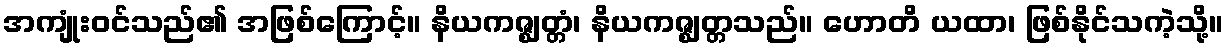
အကျုံးဝင်သည်၏ အဖြစ်ကြောင့်။ နိယကဇ္ဈတ္တံ၊ နိယကဇ္ဈတ္တသည်။ ဟောတိ ယထာ၊ ဖြစ်နိုင်သကဲ့သို့။